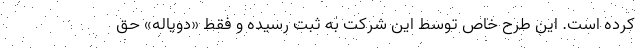
کرده است. این طرح خاص توسط این شرکت به ثبت رسیده و فقط «دویاله» حق